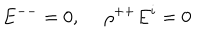
E ^ { -- } = 0 , \ \rho ^ { + + } E ^ { i } = 0